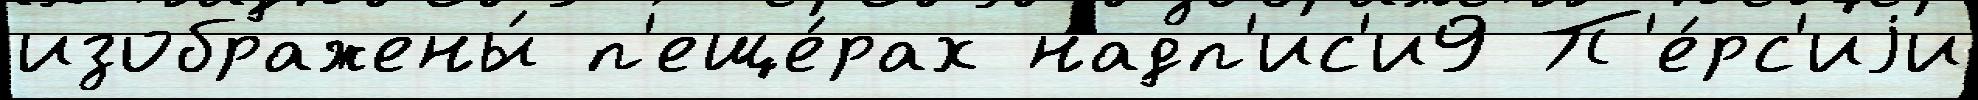
изображены́ п'еще́рах надп'ис'и9 П'е́рс'иjи